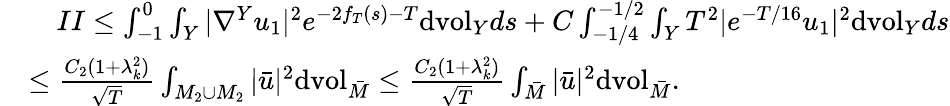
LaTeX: \begin{array}{rl}&{\ \ \ \ II\leq\int_{-1}^{0}\int_{Y}|\nabla^{Y}u_{1}|^{2}e^{-2f_{T}(s)-T}\mathrm{dvol}_{Y}ds+C\int_{-1/4}^{-1/2}\int_{Y}T^{2}|e^{-T/16}u_{1}|^{2}\mathrm{dvol}_{Y}ds}\\ &{\leq\frac{C_{2}(1+\lambda_{k}^{2})}{\sqrt{T}}\int_{M_{2}\cup M_{2}}|\bar{u}|^{2}\mathrm{dvol}_{\bar{M}}\leq\frac{C_{2}(1+\lambda_{k}^{2})}{\sqrt{T}}\int_{\bar{M}}|\bar{u}|^{2}\mathrm{dvol}_{\bar{M}}.}\end{array}